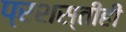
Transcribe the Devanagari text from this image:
प्रशस्तीही